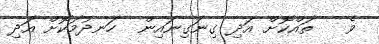
ވެ   ތައްކޮށް އަދި ގިނަގިނައިން  ހަނދުމަކޮށް އަދި